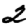
Digit: 2